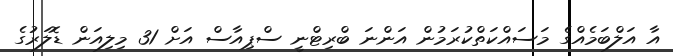
އާ އަލްބަމެއްގެ މަސައްކަތްކުރަމުން އަންނަ ބްރިޓްނީ ސްޕިއާސް އަށް 31 މިލިއަން ޑޮލަރުގެ